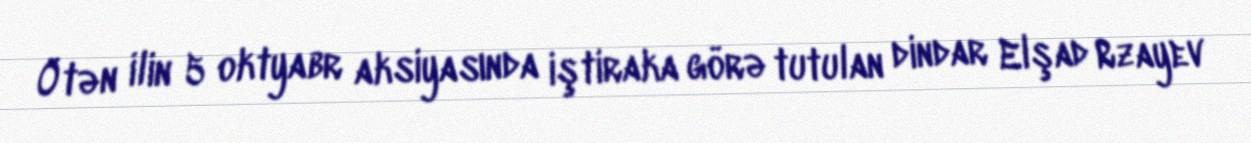
Ötən ilin 5 oktyabr aksiyasında iştiraka görə tutulan dindar Elşad Rzayev